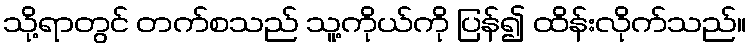
သို့ရာတွင် တက်စသည် သူ့ကိုယ်ကို ပြန်၍ ထိန်းလိုက်သည်။